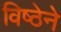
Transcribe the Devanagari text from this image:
विष्ठेने